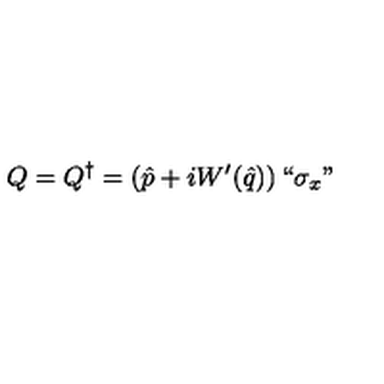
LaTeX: Q = Q ^ { \dagger } = \left( \hat { p } + i W ^ { \prime } ( \hat { q } ) \right) ` ` \sigma _ { x } "